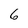
Character: 6